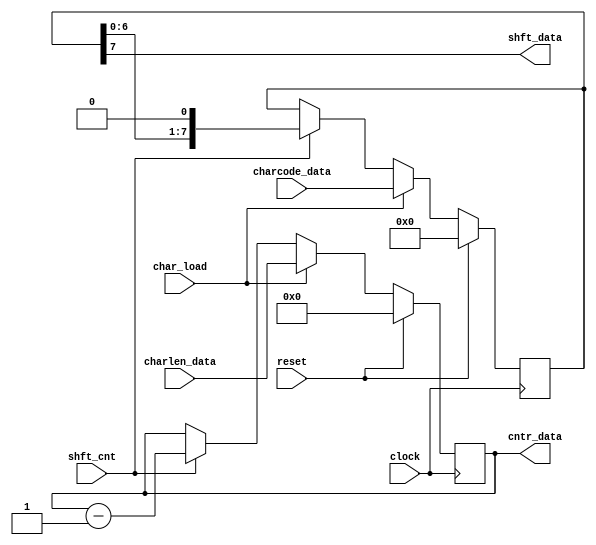
module code_reg(
		input [7:0]  charcode_data,
		input [3:0]  charlen_data,
		input 	     char_load, shft_cnt,
		output [3:0] cntr_data, 
		output 	     shft_data,
		input 	     reset, clock
		 );

   reg [7:0] 	     shftr_o, shftr_i;
   reg [3:0] 	     cntr_o, cntr_i;

   always @(posedge clock) begin
      shftr_o <= shftr_i;
      cntr_o <= cntr_i;
   end

   wire		     shft_data;
   wire [3:0] 	     cntr_data;

   always @(*) begin
      if (reset) begin
	 shftr_i = 8'b00000000;
         cntr_i = 4'b0000;
      end
      else begin
	 if (char_load) begin //load overwrites any shifting or counting
	    shftr_i = charcode_data;
        cntr_i = charlen_data;
	 end
	 else begin //shift MSB 
	    if (shft_cnt) begin //shift to MSB and count down by 1
	      shftr_i = shftr_o << 1;
          cntr_i = cntr_o - 1;
	    end
	    else begin //no shift or count (keep the previous data)
	       shftr_i = shftr_o;
           cntr_i = cntr_o;
	    end
	 end // else: !if(char_load)
      end // else: !if(reset)
   end // always @ (reset or char_load or shft_cnt)

   assign cntr_data = cntr_o;
   assign shft_data = shftr_o[7];
   
endmodule